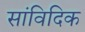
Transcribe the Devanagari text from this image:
सांविदिक